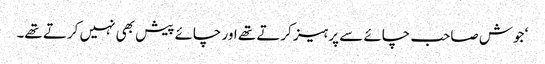
‘ جوش صاحب چائے سے پرہیز کرتے تھے اور چائے پیش بھی نہیں کرتے تھے۔